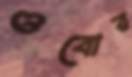
ওবোর